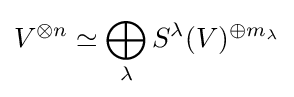
V^{\otimes n}\simeq \bigoplus _{\lambda }S^{\lambda }(V)^{\oplus m_{\lambda }}